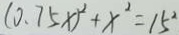
( 0 . 7 5 x ) ^ { 2 } + x ^ { 2 } = 1 5 ^ { 2 }